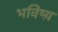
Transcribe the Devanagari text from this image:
भविष्य़